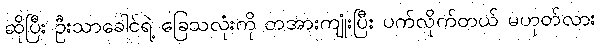
ဆိုပြီး ဦးသာခေါင်ရဲ့ ခြေသလုံးကို တအားကျုံးပြီး ပက်လိုက်တယ် မဟုတ်လား